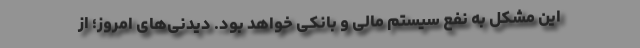
این مشکل به نفع سیستم مالی و بانکی خواهد بود. دیدنی‌های امروز؛ از